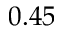
0 . 4 5